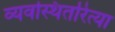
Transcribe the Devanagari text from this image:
व्यवस्थितरित्या